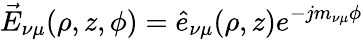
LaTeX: \vec{E}_{\nu\mu}(\rho,z,\phi)={\hat{e}}_{\nu\mu}(\rho,z)e^{-jm_{\nu\mu}\phi}